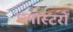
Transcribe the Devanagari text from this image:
प्लास्टरों